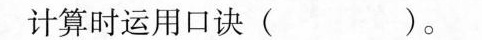
计算时运用口诀( )。